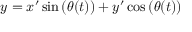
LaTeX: y = x ^ { \prime } \sin \left( \theta ( t ) \right) + y ^ { \prime } \cos \left( \theta ( t ) \right)